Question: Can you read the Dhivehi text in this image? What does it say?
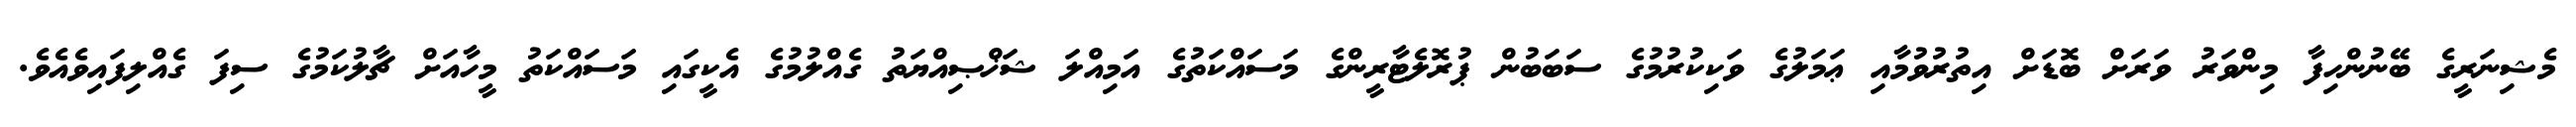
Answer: މެޝިނަރީގެ ބޭނުންހިފާ މިންވަރު ވަރަށް ބޮޑަށް އިތުރުވުމާއި ޢަމަލުގެ ވަކިކުރުމުގެ ސަބަބުން ޕުރޮލެޓާރީންގެ މަސައްކަތުގެ އަމިއްލަ ޝަޚްޞިއްޔަތު ގެއްލުމުގެ އެކީގައި މަސައްކަތު މީހާއަށް ޗާލުކަމުގެ ސިފަ ގެއްލިފައިވެއެވެ.